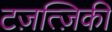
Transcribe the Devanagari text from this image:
टज़त्ज़िकी